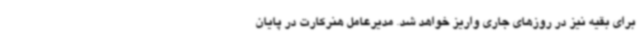
برای بقیه نیز در روزهای جاری واریز خواهد شد. مدیرعامل هنرکارت در پایان